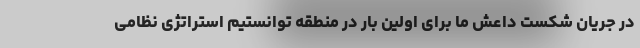
در جریان شکست داعش ما برای اولین بار در منطقه توانستیم استراتژی نظامی